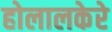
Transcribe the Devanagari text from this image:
होलालकेरे